Leaving Certificate Examination, 1918
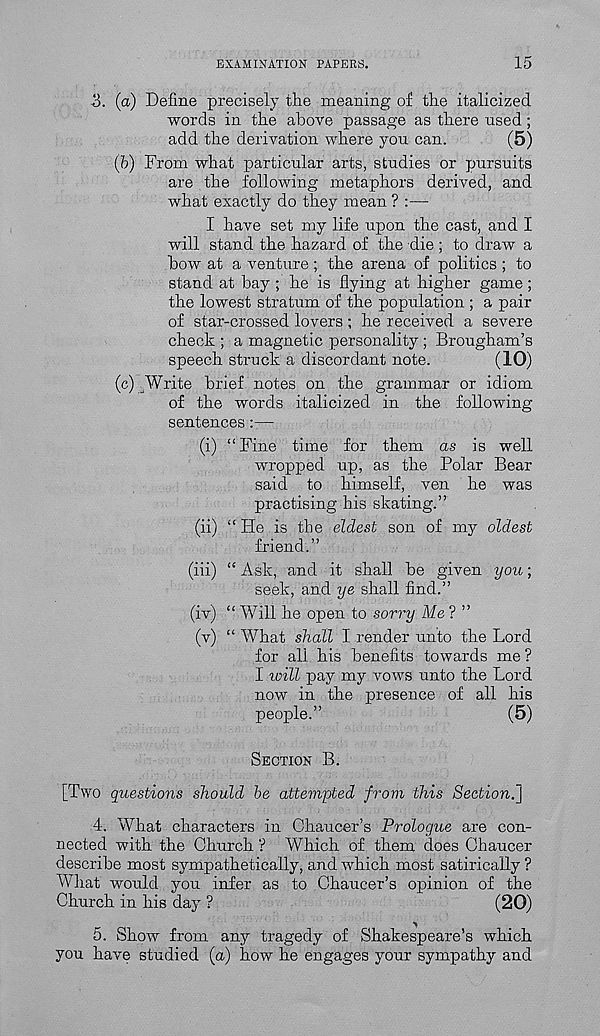
EXAMINATION PAPERS.
15
3. (a) Define precisely the meaning of the italicized
words in the above passage as there used;
add the derivation where you can.
(5)
(b) From what particular arts, studies or pursuits
are the following metaphors derived, and
what exactly do they mean ? :—
I have set my life upon the cast, and I
will stand the hazard of the die ; to draw a
bow at a venture ; the arena of politics ; to
stand at bay ; he is flying at higher game;
the lowest stratum of the population ; a pair
of star-crossed lovers ; he received a severe
check ; a magnetic personality; Brougham’s
speech struck a discordant note.
(10)
(c) Write brief notes on the grammar or idiom
of the words italicized in the following
sentences:—
(i) “Fine time for them as is well
wropped up, as the Polar Bear
said to himself, ven he was
practising his skating.”
(ii) “ He is the eldest son of my oldest
friend.”
(iii) “ Ask, and it shall be given you;
seek, and ye shall find.”
(iv) “ Will he open to sorry Me ? ”
(v) “ What shall I render unto the Lord
for all his benefits towards me ?
I icill pay my vows unto the Lord
now in the presence of all his
people.”
(5)
SECTION B.
[Two questions should be attempted from this Section.]
4. What characters in Chaucer’s Prologue are con-
nected with the Church'? Which of them does Chaucer
describe most sympathetically, and which most satirically ?
What would you infer as to Chaucer’s opinion of the
Church in his day ?
(20)
5. Show from any tragedy of Shakespeare’s which
you have studied (a) how he engages your sympathy and